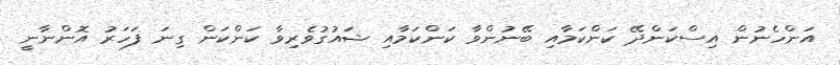
އަންހެނުން އިސްކަންދޭ ކަންކަމާއި ބޭނުންވާ ކަންކަމާއި ޝައުގުވެރިވާ ކަންކަން ގިނަ ފަހަރު އޮންނާނީ